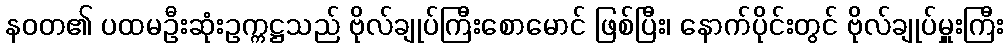
နဝတ၏ ပထမဦးဆုံးဥက္ကဋ္ဌသည် ဗိုလ်ချုပ်ကြီးစောမောင် ဖြစ်ပြီး၊ နောက်ပိုင်းတွင် ဗိုလ်ချုပ်မှူးကြီး